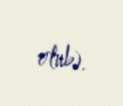
olub).